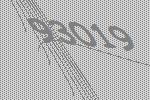
93019